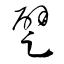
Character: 躄